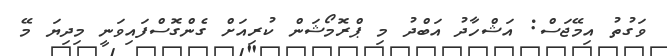
ވަގުތު އިމޭޖަސް: އަޝްހާދު އަބްދު މި ޕްރޮމޯޝަން ކުރިއަށް ގެންގޮސްފައިވަނީ މިދިޔަ މޭ